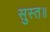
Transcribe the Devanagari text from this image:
सुस्त॥